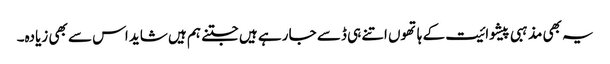
یہ بھی مذہبی پیشوائیت کے ہاتھوں اتنے ہی ڈسے جا رہے ہیں جتنے ہم ہیں شاید اس سے بھی زیادہ۔